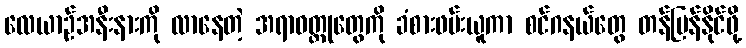
လေယာဉ်အနီးနားကို လာနေတဲ့ အရာဝတ္ထုတွေကို ခံစားဖမ်းယူကာ စင်ဂနယ်တွေ တန်ပြန်နိုင်ဖို့